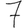
Digit: 7